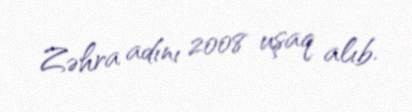
Zəhra adını 2008 uşaq alıb.